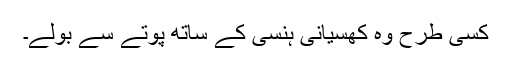
کسی طرح وہ کھسیانی ہنسی کے ساتھ پوتے سے بولے۔